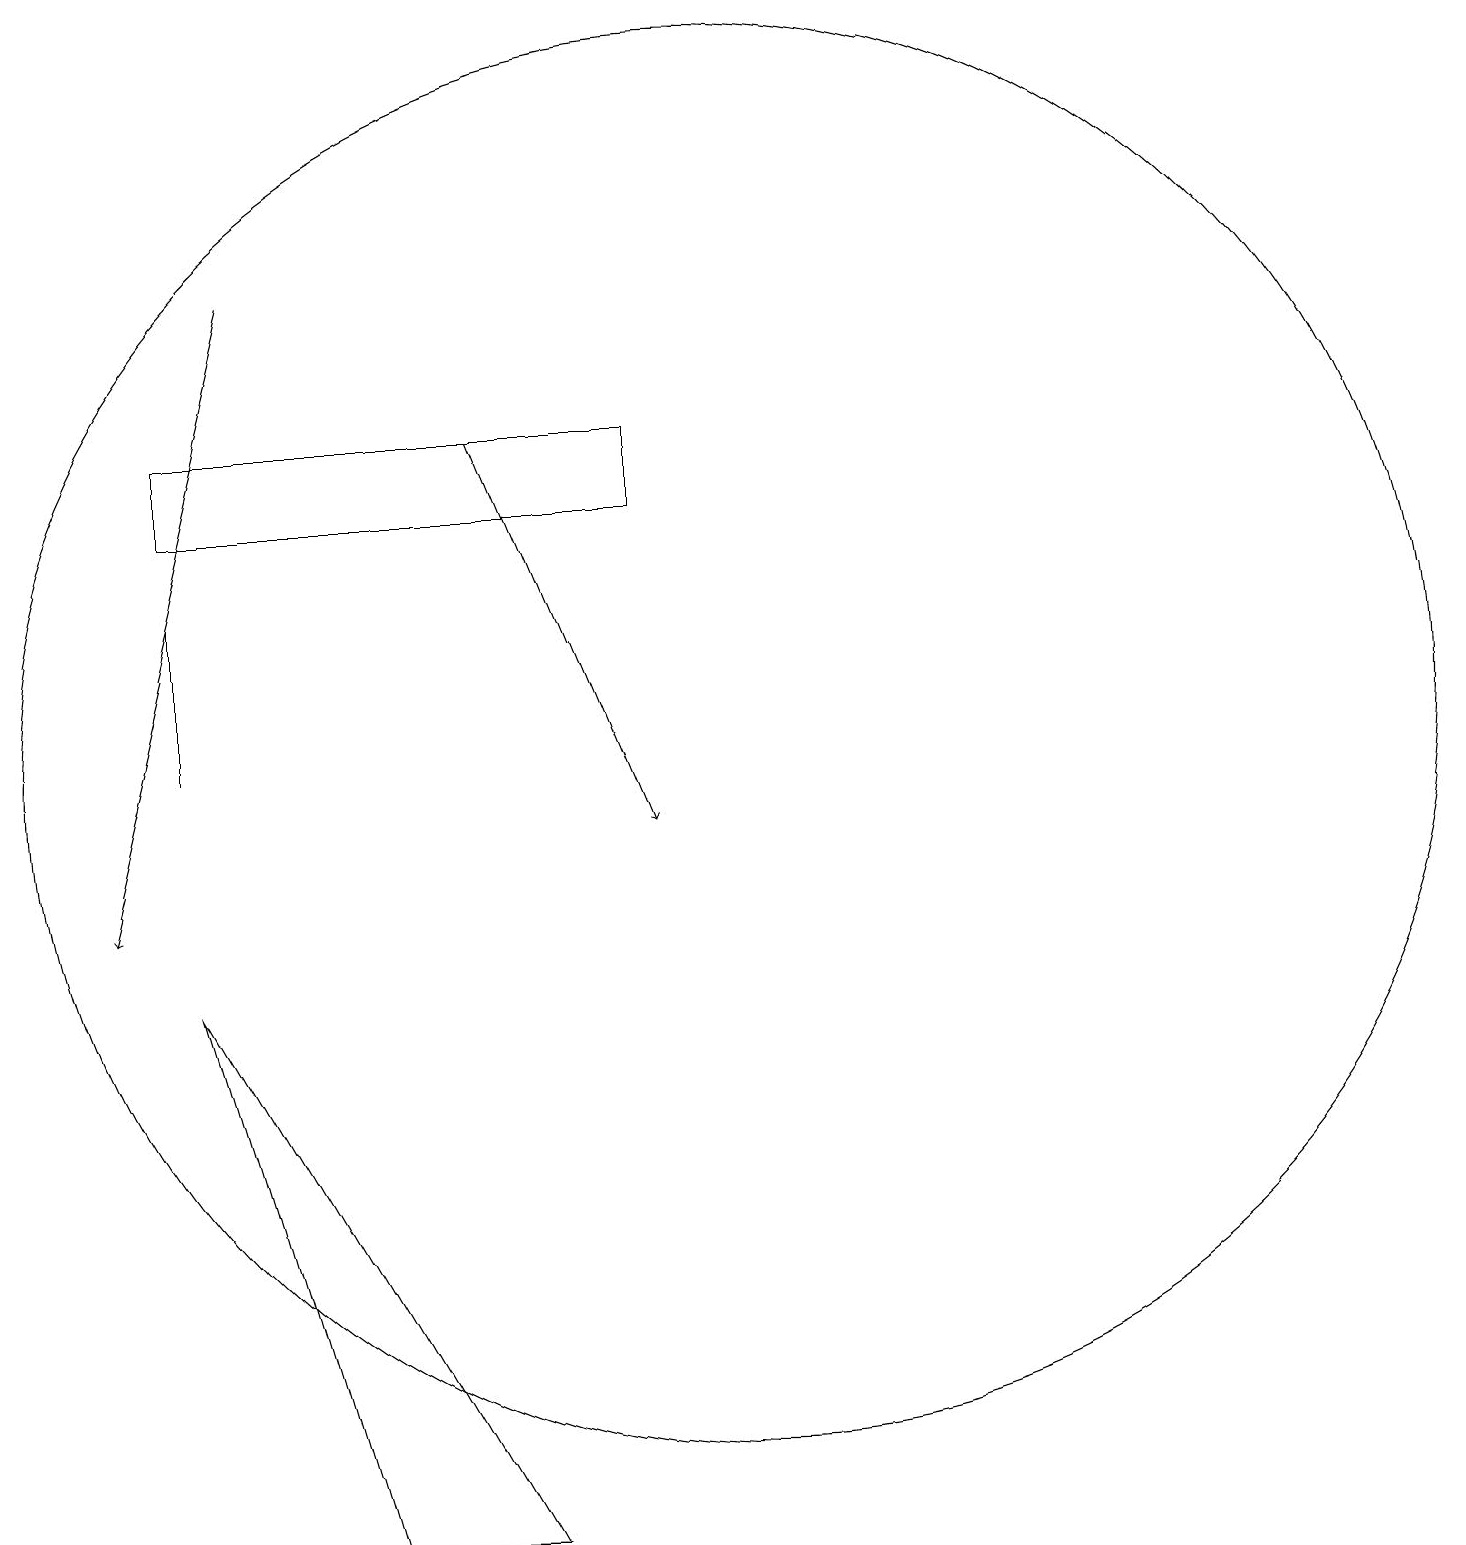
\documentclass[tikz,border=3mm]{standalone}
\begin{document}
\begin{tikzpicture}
\draw (10,12) circle (9);
\draw[->] (4,18) -- (2,10);
\draw (9,16) rectangle (3,15);
\draw (3,12) rectangle (3,14);
\draw (5,2) -- (7,2) -- (3,9) -- cycle;
\draw[->] (7,16) -- (9,11);
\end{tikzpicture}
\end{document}